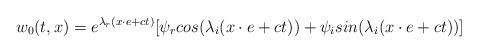
LaTeX: \begin{align*} w_{0}(t,x)=e^{\lambda_{r}(x\cdot e+ct)}[ \psi_{r}cos(\lambda_{i}(x\cdot e+ct))+\psi_{i}sin(\lambda_{i}(x\cdot e+ct)) ] \end{align*}